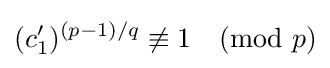
(c'_{1})^{(p-1)/q}\not \equiv 1{\pmod {p}}